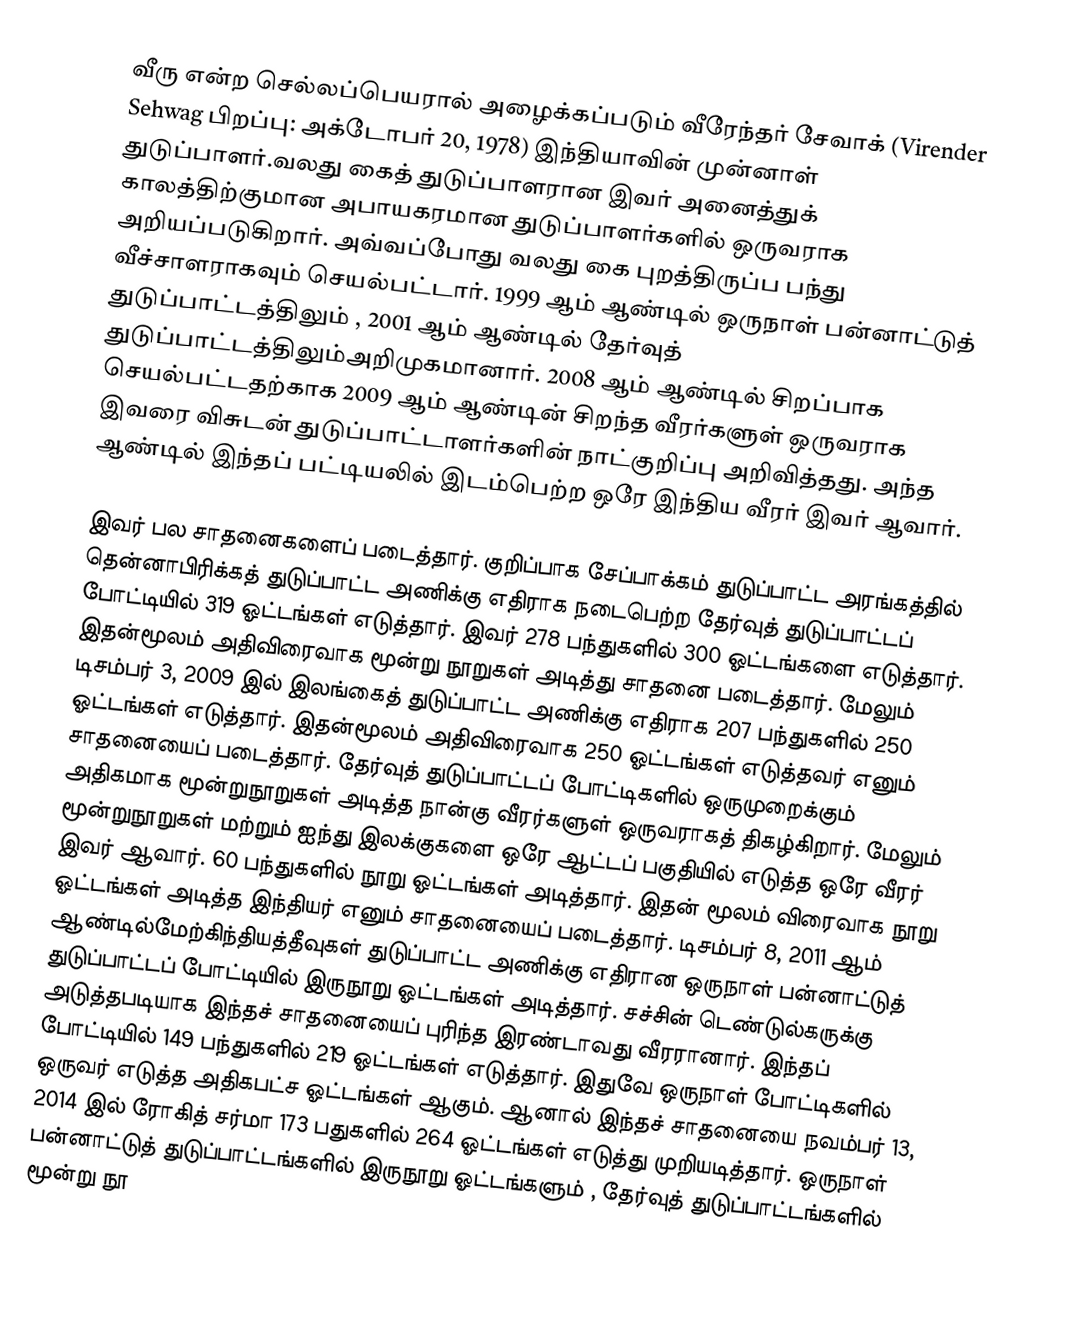
வீரு என்ற செல்லப்பெயரால் அழைக்கப்படும் வீரேந்தர் சேவாக் (Virender Sehwag  பிறப்பு: அக்டோபர் 20, 1978) இந்தியாவின் முன்னாள் துடுப்பாளர்.வலது கைத் துடுப்பாளரான இவர் அனைத்துக் காலத்திற்குமான அபாயகரமான துடுப்பாளர்களில் ஒருவராக அறியப்படுகிறார். அவ்வப்போது வலது கை புறத்திருப்ப பந்து வீச்சாளராகவும் செயல்பட்டார். 1999 ஆம் ஆண்டில் ஒருநாள் பன்னாட்டுத் துடுப்பாட்டத்திலும் , 2001 ஆம் ஆண்டில் தேர்வுத் துடுப்பாட்டத்திலும்அறிமுகமானார். 2008 ஆம் ஆண்டில் சிறப்பாக செயல்பட்டதற்காக 2009 ஆம் ஆண்டின் சிறந்த வீரர்களுள் ஒருவராக இவரை விசுடன் துடுப்பாட்டாளர்களின் நாட்குறிப்பு அறிவித்தது. அந்த ஆண்டில் இந்தப் பட்டியலில் இடம்பெற்ற ஒரே இந்திய வீரர் இவர் ஆவார்.

இவர் பல சாதனைகளைப் படைத்தார். குறிப்பாக சேப்பாக்கம் துடுப்பாட்ட அரங்கத்தில் தென்னாபிரிக்கத் துடுப்பாட்ட அணிக்கு எதிராக நடைபெற்ற தேர்வுத் துடுப்பாட்டப் போட்டியில் 319 ஓட்டங்கள் எடுத்தார். இவர் 278 பந்துகளில் 300 ஓட்டங்களை எடுத்தார். இதன்மூலம் அதிவிரைவாக மூன்று நூறுகள் அடித்து சாதனை படைத்தார். மேலும் டிசம்பர் 3, 2009 இல் இலங்கைத் துடுப்பாட்ட அணிக்கு எதிராக 207 பந்துகளில் 250 ஓட்டங்கள் எடுத்தார். இதன்மூலம் அதிவிரைவாக 250 ஓட்டங்கள் எடுத்தவர் எனும் சாதனையைப் படைத்தார். தேர்வுத் துடுப்பாட்டப் போட்டிகளில் ஒருமுறைக்கும் அதிகமாக மூன்றுநூறுகள் அடித்த நான்கு வீரர்களுள் ஒருவராகத் திகழ்கிறார். மேலும் மூன்றுநூறுகள் மற்றும் ஐந்து இலக்குகளை ஒரே ஆட்டப் பகுதியில் எடுத்த ஒரே வீரர் இவர் ஆவார். 60 பந்துகளில் நூறு ஓட்டங்கள் அடித்தார். இதன் மூலம் விரைவாக நூறு ஓட்டங்கள் அடித்த இந்தியர் எனும் சாதனையைப் படைத்தார். டிசம்பர் 8, 2011 ஆம் ஆண்டில்மேற்கிந்தியத்தீவுகள் துடுப்பாட்ட அணிக்கு எதிரான ஒருநாள் பன்னாட்டுத் துடுப்பாட்டப் போட்டியில் இருநூறு ஓட்டங்கள் அடித்தார். சச்சின் டெண்டுல்கருக்கு அடுத்தபடியாக இந்தச் சாதனையைப் புரிந்த இரண்டாவது வீரரானார். இந்தப் போட்டியில் 149 பந்துகளில் 219 ஓட்டங்கள் எடுத்தார். இதுவே ஒருநாள் போட்டிகளில் ஒருவர் எடுத்த அதிகபட்ச ஓட்டங்கள் ஆகும். ஆனால் இந்தச் சாதனையை நவம்பர் 13, 2014 இல் ரோகித் சர்மா 173 பதுகளில் 264 ஓட்டங்கள் எடுத்து முறியடித்தார். ஒருநாள் பன்னாட்டுத் துடுப்பாட்டங்களில் இருநூறு ஓட்டங்களும் , தேர்வுத் துடுப்பாட்டங்களில் மூன்று நூ